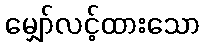
မျှော်လင့်ထားသော